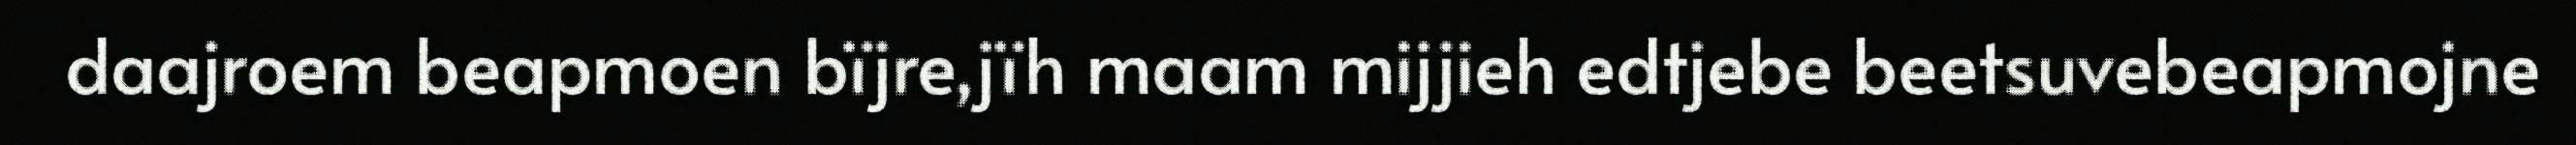
daajroem beapmoen bïjre,jïh maam mijjieh edtjebe beetsuvebeapmojne